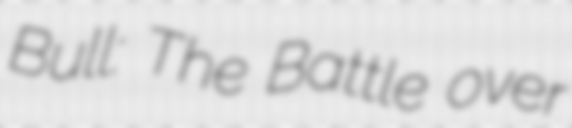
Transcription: Bull: The Battle over